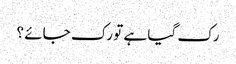
رک گیا ہے تو رک جائے ؟